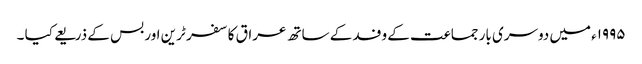
۱۹۹۵ء میں دوسری بار جماعت کے وفد کے ساتھ عراق کا سفر ٹرین اور بس کے ذریعے کیا ۔